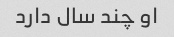
او چند سال دارد